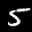
Label: 5